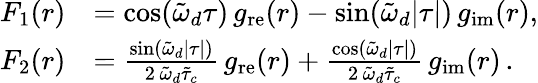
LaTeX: \begin{array}{rl}{F_{1}(r)}&{=\cos(\tilde{\omega}_{d}\tau)\, g_{\mathrm{re}}(r)-\sin(\tilde{\omega}_{d}\lvert\tau\rvert)\, g_{\mathrm{im}}(r),}\\ {F_{2}(r)}&{=\frac{\sin(\tilde{\omega}_{d}\lvert\tau\rvert)}{2\, \tilde{\omega}_{d}\tilde{\tau}_{c}}\, g_{\mathrm{re}}(r)+\frac{\cos(\tilde{\omega}_{d}\lvert\tau\rvert)}{2\, \tilde{\omega}_{d}\tilde{\tau}_{c}}\, g_{\mathrm{im}}(r)\, .}\end{array}